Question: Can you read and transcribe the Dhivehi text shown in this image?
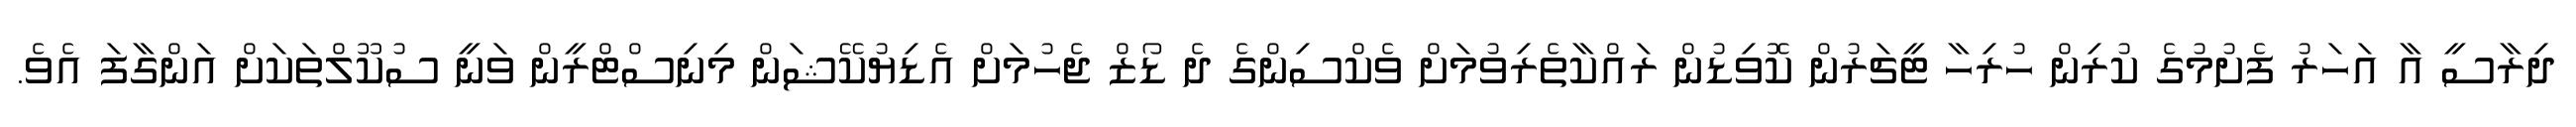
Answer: ދިރާސީ އާ އަހަރު ފެށުމުގެ ކުރިން ހުރިހާ ޓީޗަރުން ކޮވިޑުން ރައްކާތެރިވުމަށް ވެކްސިންގެ ދެ ޑޯޒް ޖެހުމަށް އެޑިޔުކޭޝަން މިނިސްޓްރީން ވަނީ ސުކޫލްތަކަށް އަންގާފަ އެވެ.